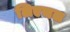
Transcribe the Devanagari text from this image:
लिएचल